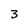
Character: 3